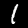
Digit: 1